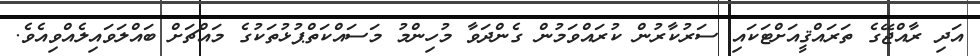
އަދި ރާއްޖޭގެ ތަރައްޤީއަށްޓަކައި ސަރުކާރުން ކުރައްވަމުން ގެންދަވާ މުހިންމު މަސައްކަތްޕުޅުތަކުގެ މައްޗަށް ބައްލަވައިލެއްވިއެވެ.